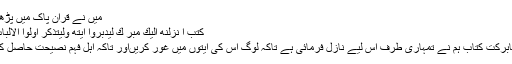
میں نے قرآن پاک میں پڑھا تھا:
كِتٰبٌ اَ نْزَلْنٰهُ اِلَيْكَ مُبٰرَ كٌ لِّيَدَّبَّرُوْٓا اٰيٰتِهٖ وَلِيَتَذَكَّرَ اُولُوا الْاَلْبَابِ ؀
’’یہ بابرکت کتاب ہم نے تمہاری طرف اس لیے نازل فرمائی ہے تاکہ لوگ اس کی آیتوں میں غور کریںاور تاکہ اہلِ فہم نصیحت حاصل کریں ۔